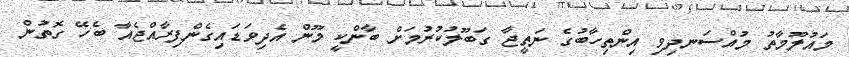
މައުލޫމާތު މުއްސަނދިވި އިންތިހާބުގެ ނަތީޖާ ގަބޫލުކުރުމަށް ބާންކީ މޫން އެދިވަޑައިގެންފިރާއްޖެއާ ބެހޭ ގޮތުން